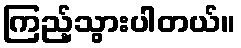
ကြည့်သွားပါတယ်။